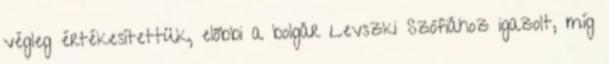
végleg értékesítettük, előbbi a bolgár Levszki Szófiához igazolt, míg